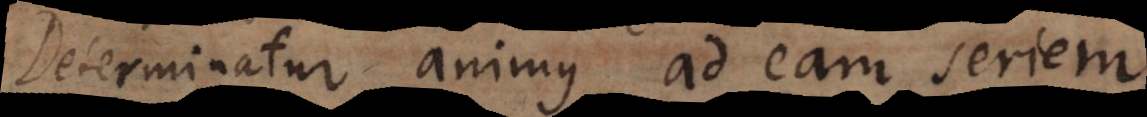
Determinatur animus ad eam seriem